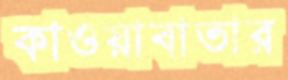
কাওয়াবাতার